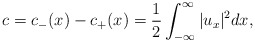
\begin{align*}c=c_-(x) - c_+(x) = \frac{1}{2}\int_{-\infty}^\infty |u_x |^2dx,\end{align*}